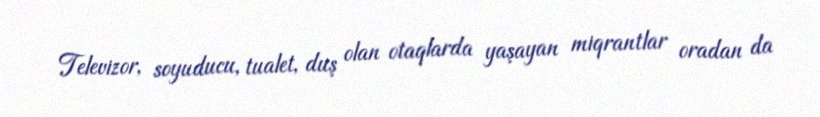
Televizor, soyuducu, tualet, duş olan otaqlarda yaşayan miqrantlar oradan da